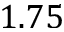
1 . 7 5